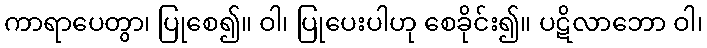
ကာရာပေတွာ၊ ပြုစေ၍။ ဝါ၊ ပြုပေးပါဟု စေခိုင်း၍။ ပဋိလာဘော ဝါ၊